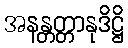
အနန္တတ္တာနုဒိဋ္ဌိ